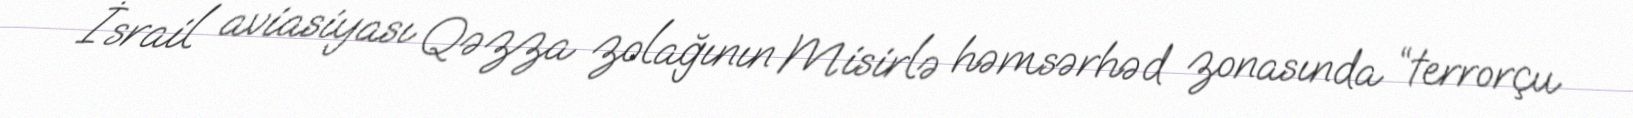
İsrail aviasiyası Qəzza zolağının Misirlə həmsərhəd zonasında “terrorçu